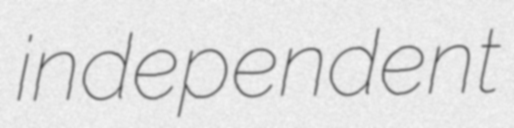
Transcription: independent